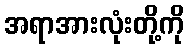
အရာအားလုံးတို့ကို